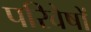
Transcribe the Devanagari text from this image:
परिवेषों